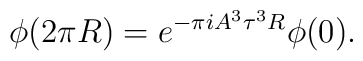
\phi(2\pi R) = e^{-\pi i A^{3} \tau^{3} R} \phi(0).